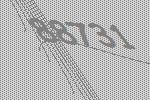
88731